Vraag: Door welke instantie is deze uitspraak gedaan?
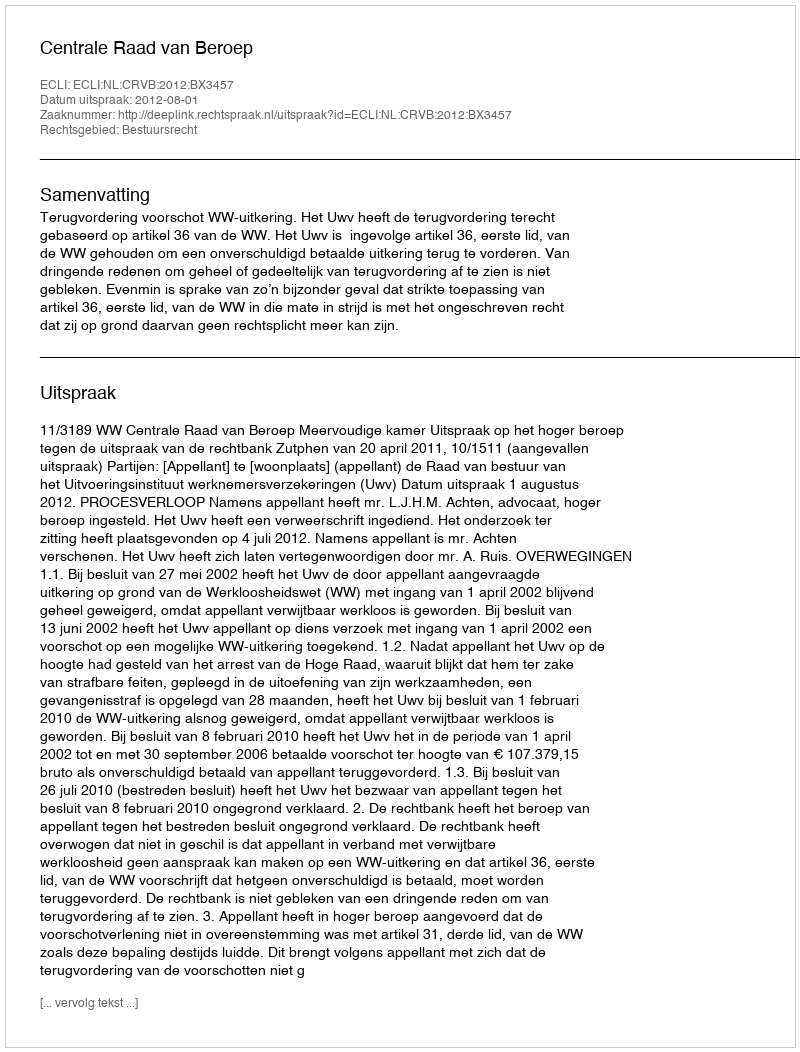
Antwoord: Centrale Raad van Beroep